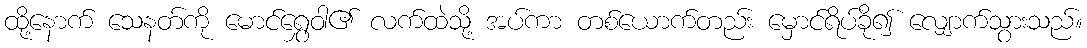
ထို့နောက် သေနတ်ကို မောင်ရွှေဝါ၏ လက်ထဲသို့ အပ်ကာ တစ်ယောက်တည်း မှောင်ရိပ်ခို၍ လျှောက်သွားသည်။